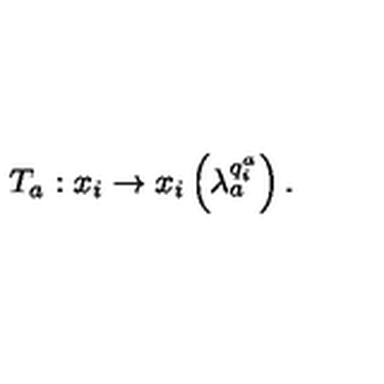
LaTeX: T _ { a } : x _ { i } \rightarrow x _ { i } \left( \lambda _ { a } ^ { q _ { i } ^ { a } } \right) .